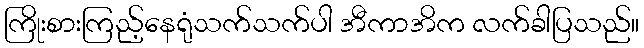
ကြိုးစားကြည့်နေရုံသက်သက်ပါ အီကာအိက လက်ခါပြသည်။